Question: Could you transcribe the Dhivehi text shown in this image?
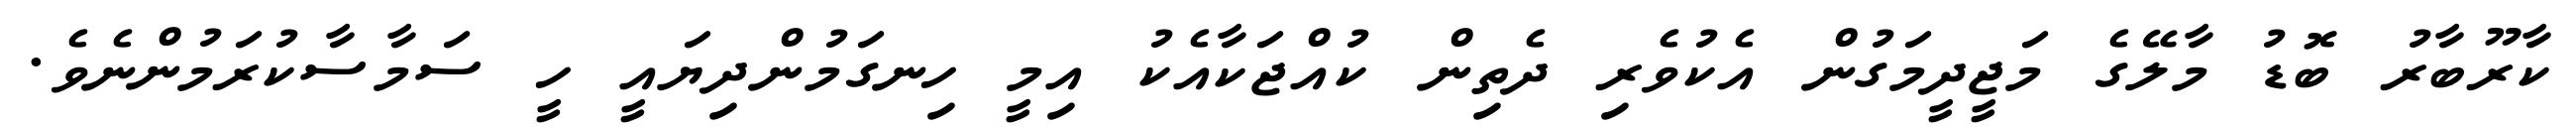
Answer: ކާރޫބާރު ބޮޑު މާލޭގެ މަޖީދީމަގުން އެކުވެރި ދެތިން ކުއްޖަކާއެކު އިމީ ހިނގަމުންދިޔައީ ހީ ސަމާސާކުރަމުންނެވެ.